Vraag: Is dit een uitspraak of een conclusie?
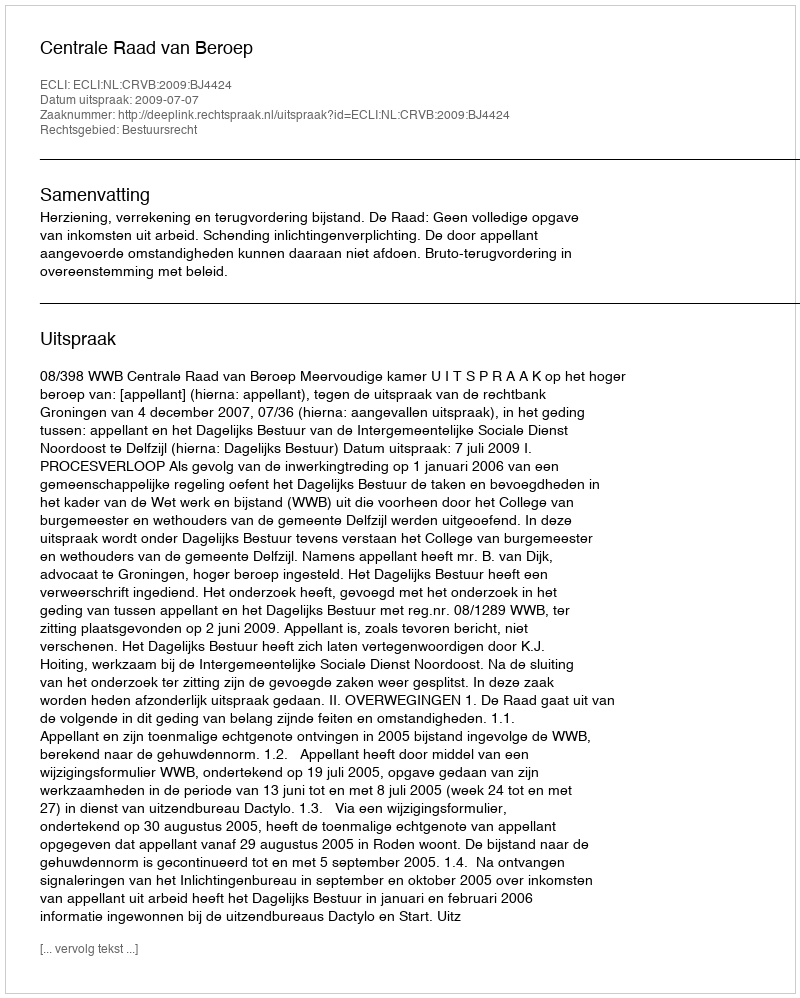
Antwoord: Uitspraak